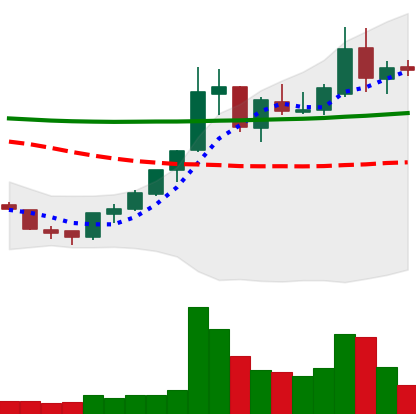
Ticker: XLM-USD
Chart end date: 2018-07-28
Forward return: -17.142%
Label: down_7plus